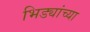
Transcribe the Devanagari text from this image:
भिड्यांच्या